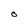
Character: O